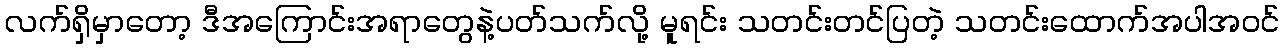
လက်ရှိမှာတော့ ဒီအကြောင်းအရာတွေနဲ့ပတ်သက်လို့ မူရင်း သတင်းတင်ပြတဲ့ သတင်းထောက်အပါအဝင်